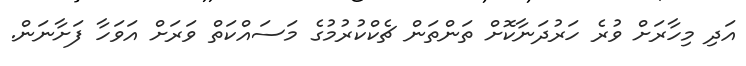
އަދި މިހާރަށް ވުރެ ހަރުދަނާކޮށް ތަންތަން ޗެކްކުރުމުގެ މަސައްކަތް ވަރަށް އަވަހާ ފަށާނަން.